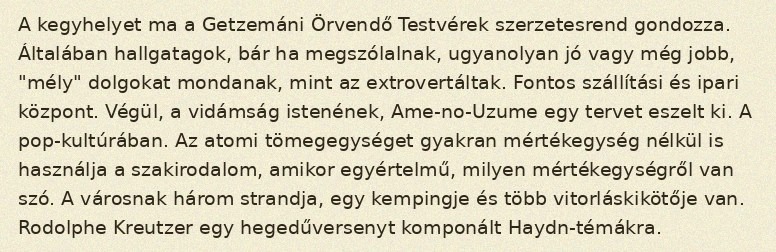
A kegyhelyet ma a Getzemáni Örvendő Testvérek szerzetesrend gondozza. Általában hallgatagok, bár ha megszólalnak, ugyanolyan jó vagy még jobb, "mély" dolgokat mondanak, mint az extrovertáltak. Fontos szállítási és ipari központ. Végül, a vidámság istenének, Ame-no-Uzume egy tervet eszelt ki. A pop-kultúrában. Az atomi tömegegységet gyakran mértékegység nélkül is használja a szakirodalom, amikor egyértelmű, milyen mértékegységről van szó. A városnak három strandja, egy kempingje és több vitorláskikötője van. Rodolphe Kreutzer egy hegedűversenyt komponált Haydn-témákra.